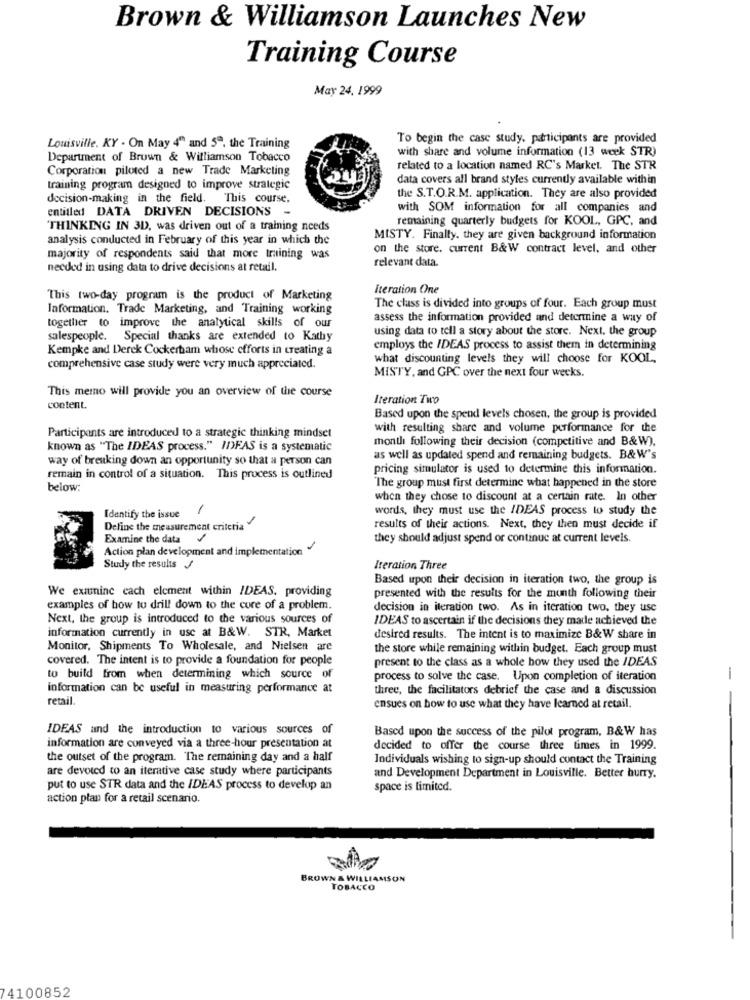
Brown & Williamson Launches New
Training Course
May 24, 1999
To begin the case study. participants are provided
Louisville. KY . On May 4" and 5ª, the Training
with share and volume information (13 week STR)
Department of Brown & Williamson Tobacco
Corporation piloted a new Trade Marketing
related to a location named RC's Market. The STR
data covers all brand styles currently available within
training program designed to improve strategic
decision-making in the field. This course,
the S.T.O.R.M. application. They are also provided
entitled DATA DRIVEN DECISIONS -
with SOM information for all companies and
remaining quarterly budgets for KOOL, GPC, and
THINKING IN 3D, was driven out of a training needs
analysis conducted in February of this year in which the
MISTY. Finally. they are given background information
on the store. current B&W contract level, and other
majority of respondents said that more training was
relevant data.
needed in using data to drive decisions at retail.
Iteration One
This two-day program is the product of Marketing
Information. Trade Marketing, and Training working
The class is divided into groups of four. Each group must
assess the information provided and determine a way of
together to improve the analytical skills of our
using data to tell a story about the store. Next, the group
salespeople. Special thanks are extended to Kathy
Kempke and Derek Cockertam whose efforts in creating a
employs the IDEAS process to assist them in determining
what discounting levels they will choose for KOOL,
comprehensive case study were very much appreciated.
MISTY, and GPC over the next four weeks.
This memo will provide you an overview of the course
Iteration Two
content.
Based upon the spend levels chosen, the group is provided
with resulting share and volume performance for the
Participants are introduced to a strategic thinking mindset
month following their decision (competitive and B&W),
known as "The IDEAS process." IDEAS is a systematic
way of breaking down an opportunity so that a person can
as well as updated spend and remaining budgets. B&W's
pricing simulator is used to determine this information.
remain in control of a situation. This process is outlined
below:
The group must first determine what happened in the store
when they chose to discount at a certain rate. In other
-
words, they must use the IDEAS process to study the
Identify the issue
Define the measurement criteria
results of their actions. Next, they then must decide if
Examine the data
they should adjust spend or continue at current levels.
Action plan development and implementation "
Study the results
Iteration Three
Based upon their decision in iteration two, the group is
We examine cach element within IDEAS, providing
presented with the results for the month following their
examples of how to drill down to the core of a problem.
decision in iteration two. As in iteration two, they use
Next, the group is introduced to the various sources of
IDEAS to ascertain if the decisions they made achieved the
information currently in use at B&W. STR, Market
desired results. The intent is to maximize B&W share in
Monitor, Shipments To Wholesale, and Nielsen are
the store while remaining within budget. Each group must
covered. The intent is to provide a foundation for people
present to the class as a whole how they used the IDEAS
to build from when determining which source of
process to solve the case. Upon completion of iteration
-
information can be useful in measuring performance at
three, the facilitators debrief the case and a discussion
retail.
ensues on how to use what they have learned at retail.
IDEAS and the introduction to various sources of
Based upon the success of the pilot program, B&W has
information are conveyed via a three-hour presentation at
decided to offer the course three times in 1999.
the outset of the program. The remaining day and a half
Individuals wishing to sign-up should contact the Training
are devoted to an iterative case study where participants
and Development Department in Louisville. Better hurry.
put to use STR data and the IDEAS process to develop an
space is limited.
action plan for a retail scenario.
BROWN & WILLIAMSON
TOBACCO
74100852